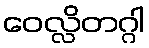
ဝေလ္လိတဂ္ဂါ